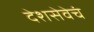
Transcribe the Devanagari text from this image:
देशसेवेचं